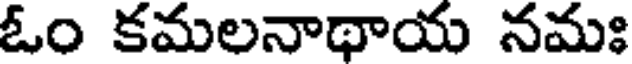
ఓం కమలనాథాయ నమః